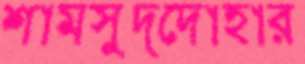
শামসুদ্দোহার